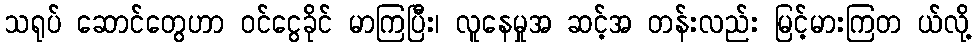
သရုပ် ဆောင်တွေဟာ ဝင်ငွေခိုင် မာကြပြီး၊ လူနေမှုအ ဆင့်အ တန်းလည်း မြင့်မားကြတ ယ်လို့